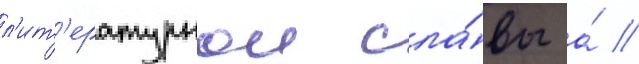
л'ит'ературнои сла́вы а́ //